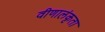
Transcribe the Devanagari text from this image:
वीणालंकृता